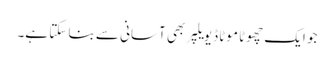
جو ایک چھوٹا موٹا ڈیویلپر بھی آسانی سے بنا سکتا ہے۔